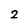
Character: 2